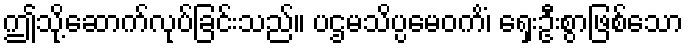
ဤသို့ဆောက်လုပ်ခြင်းသည်။ ပဌမသိပ္ပမေဝကိံ၊ ရှေးဦးစွာဖြစ်သော